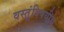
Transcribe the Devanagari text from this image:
वस्तूंविषयीच